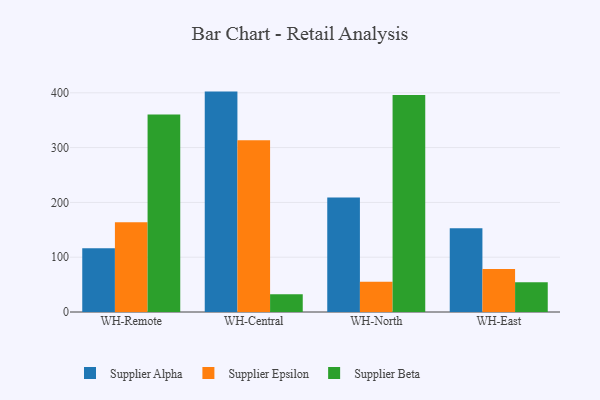
{"axis": {"x": "Warehouse", "y": "Budget (USD K)"}, "legend": ["Supplier Alpha", "Supplier Beta", "Supplier Epsilon"], "data": [{"x": "WH-Remote", "y": 116.5, "type": "Supplier Alpha"}, {"x": "WH-Remote", "y": 163.6, "type": "Supplier Epsilon"}, {"x": "WH-Remote", "y": 360.5, "type": "Supplier Beta"}, {"x": "WH-Central", "y": 402.2, "type": "Supplier Alpha"}, {"x": "WH-Central", "y": 313.5, "type": "Supplier Epsilon"}, {"x": "WH-Central", "y": 32.4, "type": "Supplier Beta"}, {"x": "WH-North", "y": 209.0, "type": "Supplier Alpha"}, {"x": "WH-North", "y": 55.3, "type": "Supplier Epsilon"}, {"x": "WH-North", "y": 396.2, "type": "Supplier Beta"}, {"x": "WH-East", "y": 152.8, "type": "Supplier Alpha"}, {"x": "WH-East", "y": 78.4, "type": "Supplier Epsilon"}, {"x": "WH-East", "y": 54.2, "type": "Supplier Beta"}]}